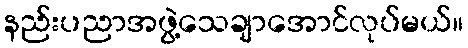
နည်းပညာအဖွဲ့သေချာအောင်လုပ်မယ်။